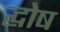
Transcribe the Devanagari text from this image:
द्घोष